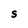
Character: S